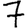
Digit: 7